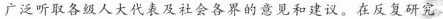
广泛听取各级人大代表及社会各界的意见和建议。在反复研究，